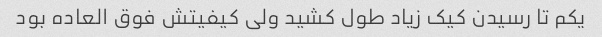
یکم تا رسیدن کیک زیاد طول کشید ولی کیفیتش فوق العاده بود